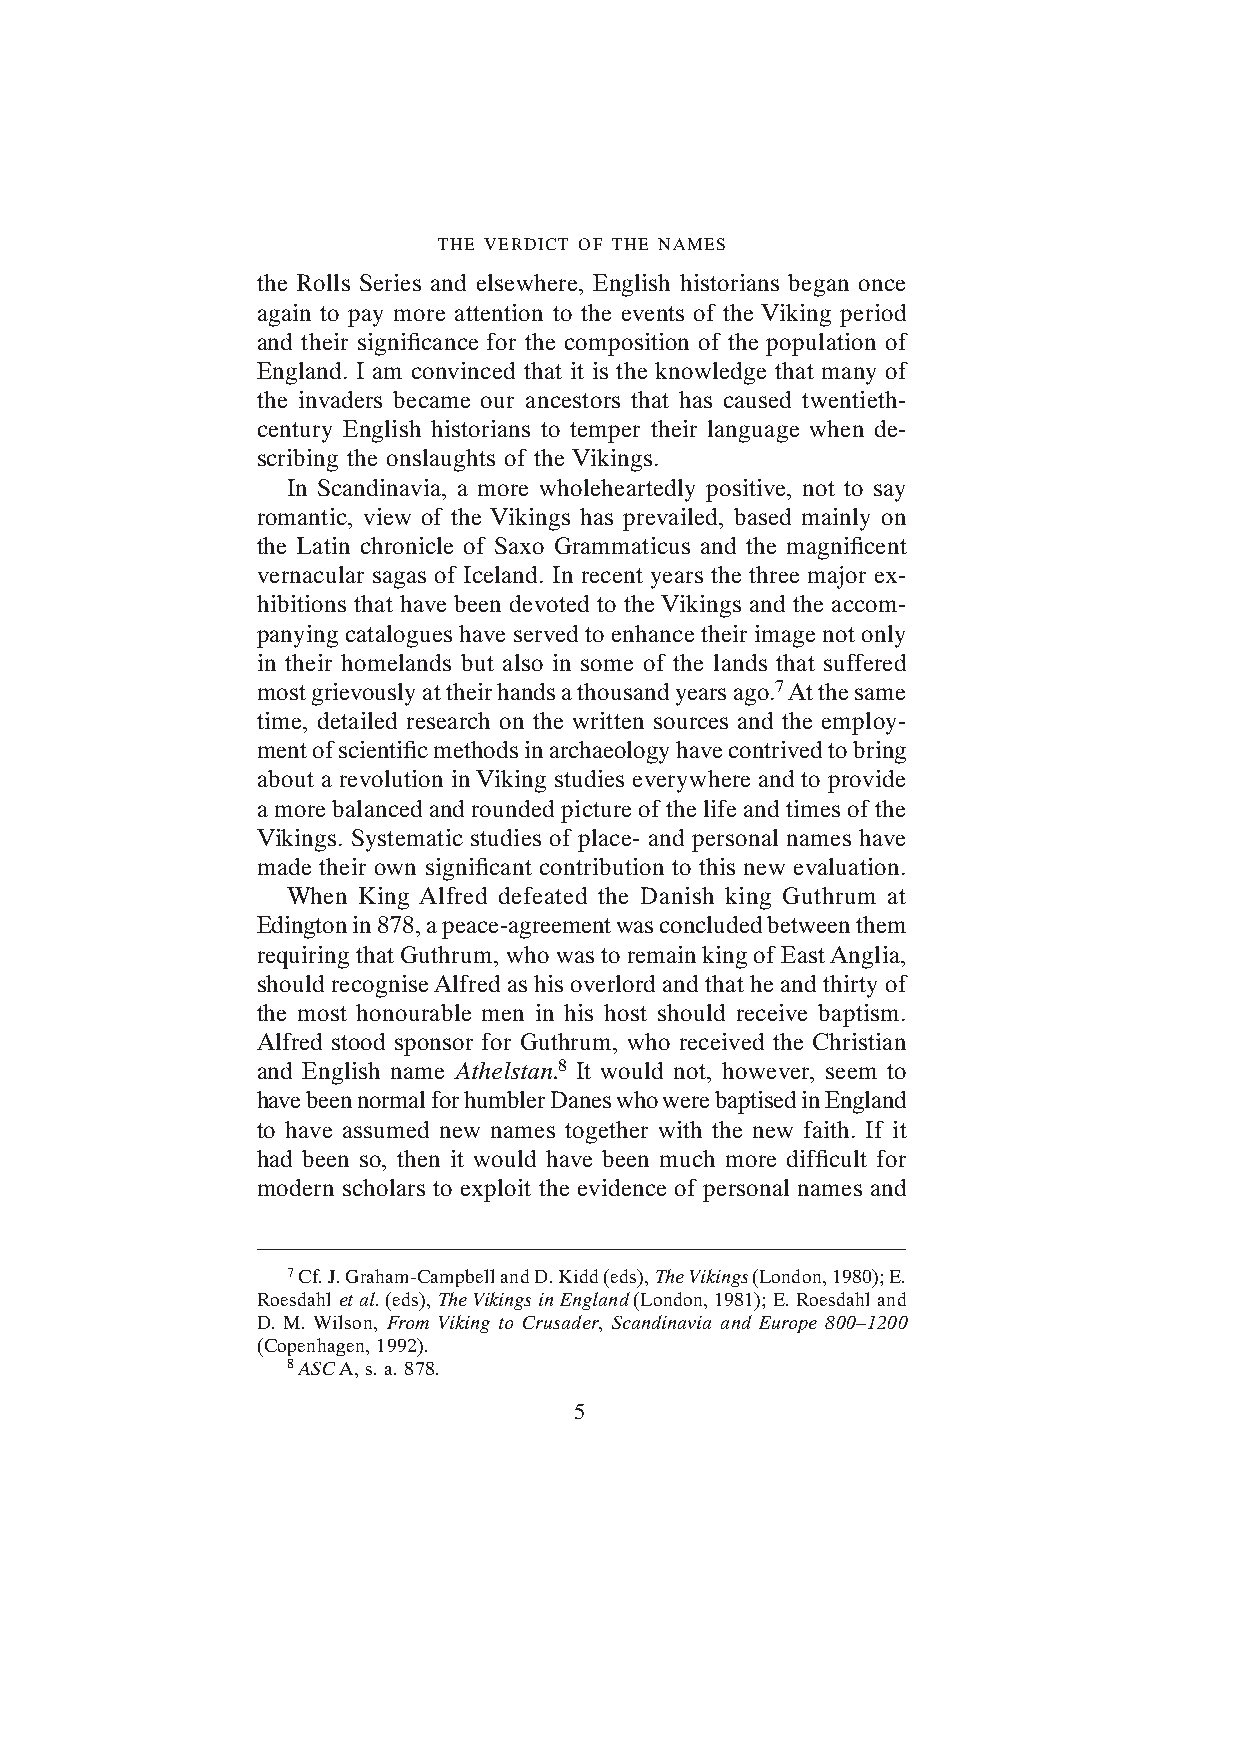
THE VERDICT OF THE NAMES
 the Rolls Series and elsewhere, English historians began once
 again to pay more attention to the events of the Viking period
 and their significance for the composition of the population of
 England. I am convinced that it is the knowledge that many of
 the invaders became our ancestors that has caused twentieth-
 century English historians to temper their language when de-
 scribing the onslaughts of the Vikings.
 In Scandinavia, a more wholeheartedly positive, not to say
 romantic, view of the Vikings has prevailed, based mainly on
 the Latin chronicle of Saxo Grammaticus and the magnificent
 vernacular sagas of Iceland. In recent years the three major ex-
 hibitions that have been devoted to the Vikings and the accom-
 panying catalogues have served to enhance their image not only
 in their homelands but also in some of the lands that suffered
 most grievously at their hands a thousand years ago.7 At the same
 time, detailed research on the written sources and the employ-
 ment of scientific methods in archaeology have contrived to bring
 about a revolution in Viking studies everywhere and to provide
 a more balanced and rounded picture of the life and times of the
 Vikings. Systematic studies of place- and personal names have
 made their own significant contribution to this new evaluation.
 When King Alfred defeated the Danish king Guthrum at
 Edington in 878, a peace-agreement was concluded between them
 requiring that Guthrum, who was to remain king of East Anglia,
 should recognise Alfred as his overlord and that he and thirty of
 the most honourable men in his host should receive baptism.
 Alfred stood sponsor for Guthrum, who received the Christian
 and English name Athelstan.8 It would not, however, seem to
 have been normal for humbler Danes who were baptised in England
 to have assumed new names together with the new faith. If it
 had been so, then it would have been much more difficult for
 modern scholars to exploit the evidence of personal names and
 7 Cf. J. Graham-Campbell and D. Kidd (eds), The Vikings (London, 1980); E.
 Roesdahl et al. (eds), The Vikings in England (London, 1981); E. Roesdahl and
 D. M. Wilson, From Viking to Crusader, Scandinavia and Europe 800–1200
 (Copenhagen, 1992).
 8 ASC A, s. a. 878.
 5